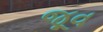
જૂવ